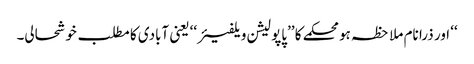
‘‘ اور ذرا نام ملاحظہ ہو محکمے کا ’’پاپولیشن ویلفیئر‘‘ یعنی آبادی کا مطلب خوشحالی۔